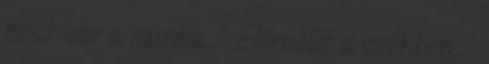
most vár a munka. – Előredőlt a székben. –